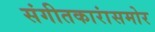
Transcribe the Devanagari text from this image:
संगीतकारांसमोर